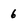
Character: 6